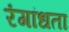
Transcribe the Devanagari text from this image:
रंगांधता